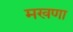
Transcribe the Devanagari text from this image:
मखणा